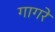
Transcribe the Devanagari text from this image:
गागरे